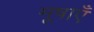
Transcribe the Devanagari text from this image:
मूषाएँ